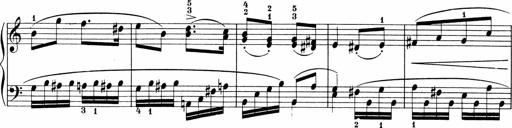
Title: Sonatinen Op.47, 98 und 136, nebst 6 Liedersonatinen
Composer: Carl Reinecke